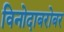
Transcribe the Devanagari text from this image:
विनोदाबरोबर